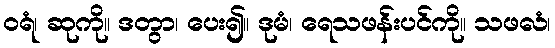
ဝရံ၊ ဆုကို။ ဒတွာ၊ ပေး၍။ ဒုမံ၊ ရေသဖန်းပင်ကို။ သဖလံ၊